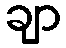
ချာ